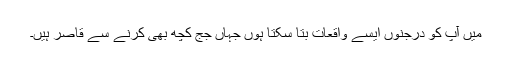
میں آپ کو درجنوں ایسے واقعات بتا سکتا ہوں جہاں جج کچھ بھی کرنے سے قاصر ہیں۔